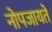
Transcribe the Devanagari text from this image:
नोपजायते